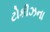
ટોકીઝના